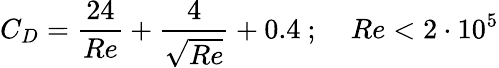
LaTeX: C_{D}={\frac{24}{Re}}+{\frac{4}{\sqrt{Re}}}+0.4~{\mathrm{;}}~~~~~Re<2\cdot 10^{5}